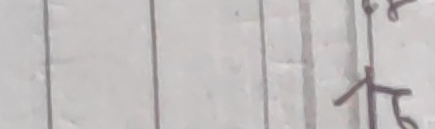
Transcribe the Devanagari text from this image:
प्रत्र